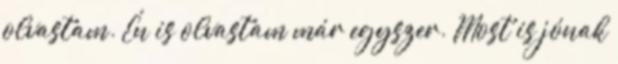
olvastam. Én is olvastam már egyszer. Most is jónak